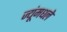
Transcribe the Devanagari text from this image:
ज्यूंमधले